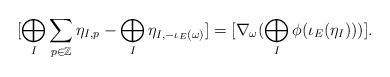
LaTeX: \begin{align*}[\bigoplus_{I} \sum_{p \in \mathbb{Z}} \eta_{I,p} - \bigoplus_{I} \eta_{I, -\iota_{E}(\omega)}] = [\nabla_{\omega}(\bigoplus_{I} \phi(\iota_{E}(\eta_{I})))].\end{align*}